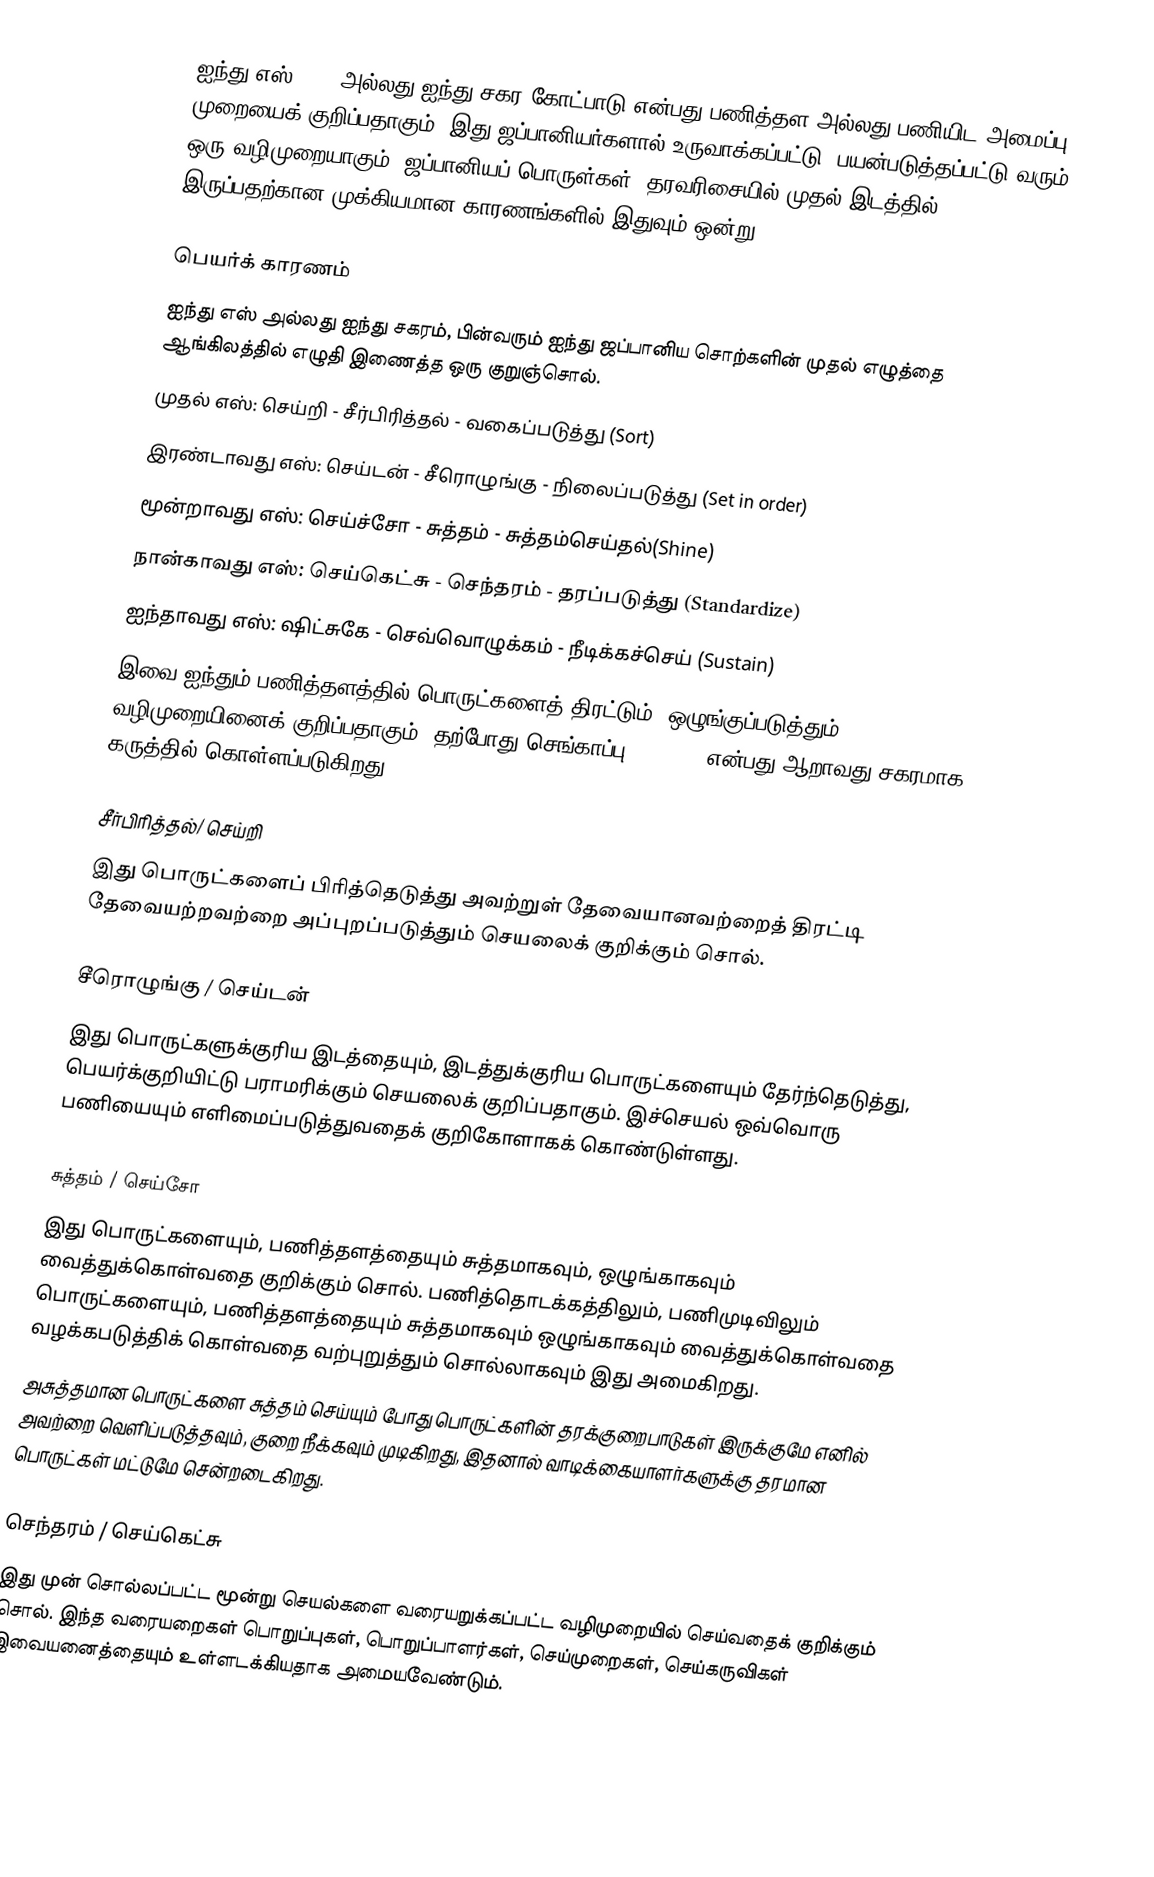
ஐந்து எஸ் (5S) அல்லது ஐந்து சகர கோட்பாடு என்பது பணித்தள அல்லது பணியிட அமைப்பு முறையைக் குறிப்பதாகும். இது ஜப்பானியர்களால் உருவாக்கப்பட்டு, பயன்படுத்தப்பட்டு வரும் ஒரு வழிமுறையாகும். ஜப்பானியப் பொருள்கள், தரவரிசையில் முதல் இடத்தில் இருப்பதற்கான முக்கியமான காரணங்களில் இதுவும் ஒன்று.

பெயர்க் காரணம்
ஐந்து எஸ் அல்லது ஐந்து சகரம், பின்வரும் ஐந்து ஜப்பானிய சொற்களின் முதல் எழுத்தை ஆங்கிலத்தில் எழுதி இணைத்த ஒரு குறுஞ்சொல்.
 முதல் எஸ்: செய்றி - சீர்பிரித்தல் - வகைப்படுத்து (Sort)
 இரண்டாவது எஸ்: செய்டன் - சீரொழுங்கு -  நிலைப்படுத்து (Set in order)
 மூன்றாவது எஸ்: செய்ச்சோ - சுத்தம் - சுத்தம்செய்தல்(Shine)
 நான்காவது எஸ்: செய்கெட்சு - செந்தரம் - தரப்படுத்து (Standardize)
 ஐந்தாவது எஸ்: ஷிட்சுகே - செவ்வொழுக்கம் - நீடிக்கச்செய் (Sustain)
இவை ஐந்தும் பணித்தளத்தில் பொருட்களைத் திரட்டும், ஒழுங்குப்படுத்தும் வழிமுறையினைக் குறிப்பதாகும். தற்போது செங்காப்பு (Safety) என்பது ஆறாவது சகரமாக கருத்தில் கொள்ளப்படுகிறது.

சீர்பிரித்தல்/ செய்றி
இது பொருட்களைப் பிரித்தெடுத்து அவற்றுள் தேவையானவற்றைத் திரட்டி தேவையற்றவற்றை அப்புறப்படுத்தும் செயலைக் குறிக்கும் சொல்.

சீரொழுங்கு / செய்டன்
இது பொருட்களுக்குரிய இடத்தையும், இடத்துக்குரிய பொருட்களையும் தேர்ந்தெடுத்து, பெயர்க்குறியிட்டு பராமரிக்கும் செயலைக் குறிப்பதாகும். இச்செயல் ஒவ்வொரு பணியையும் எளிமைப்படுத்துவதைக் குறிகோளாகக் கொண்டுள்ளது.

சுத்தம் / செய்சோ
இது பொருட்களையும், பணித்தளத்தையும் சுத்தமாகவும், ஒழுங்காகவும் வைத்துக்கொள்வதை குறிக்கும் சொல். பணித்தொடக்கத்திலும், பணிமுடிவிலும் பொருட்களையும், பணித்தளத்தையும் சுத்தமாகவும் ஒழுங்காகவும் வைத்துக்கொள்வதை வழக்கபடுத்திக் கொள்வதை வற்புறுத்தும் சொல்லாகவும் இது அமைகிறது.
அசுத்தமான பொருட்களை சுத்தம் செய்யும் போது பொருட்களின் தரக்குறைபாடுகள் இருக்குமே எனில் அவற்றை வெளிப்படுத்தவும், குறை நீக்கவும் முடிகிறது, இதனால் வாடிக்கையாளர்களுக்கு தரமான பொருட்கள் மட்டுமே சென்றடைகிறது.

செந்தரம் / செய்கெட்சு
இது முன் சொல்லப்பட்ட மூன்று செயல்களை வரையறுக்கப்பட்ட வழிமுறையில் செய்வதைக் குறிக்கும் சொல். இந்த வரையறைகள் பொறுப்புகள், பொறுப்பாளர்கள், செய்முறைகள், செய்கருவிகள் இவையனைத்தையும் உள்ளடக்கியதாக அமையவேண்டும்.

ச